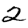
Digit: 2